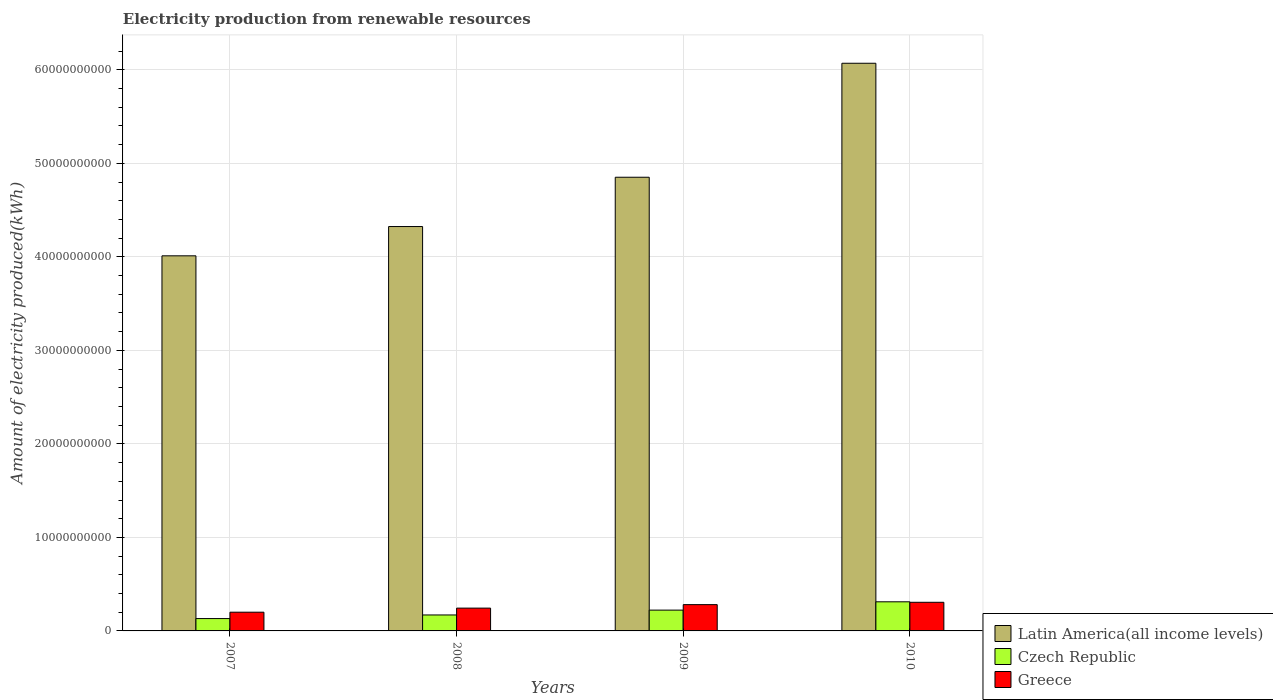
| Years | Latin America(all income levels) | Czech Republic | Greece |
 | --- | --- | --- | --- |
 | 2007 | 4.01e+10 | 1.32e+09 | 2e+09 |
 | 2008 | 4.32e+10 | 1.71e+09 | 2.44e+09 |
 | 2009 | 4.85e+10 | 2.22e+09 | 2.81e+09 |
 | 2010 | 6.07e+10 | 3.11e+09 | 3.06e+09 |